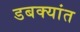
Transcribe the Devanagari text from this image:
डबक्यांत